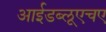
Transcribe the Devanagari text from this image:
आईडब्लूएचए